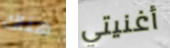
هناك أغنيتي